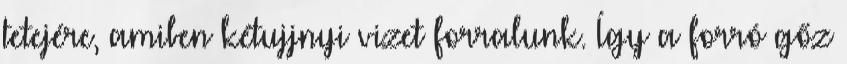
tetejére, amiben kétujjnyi vizet forralunk. Így a forró gőz